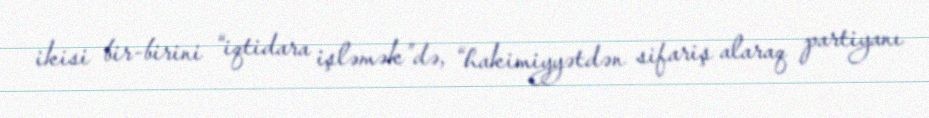
ikisi bir-birini “iqtidara işləmək”də, “hakimiyyətdən sifariş alaraq partiyanı